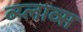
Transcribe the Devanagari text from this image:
ब्य्लाव्स